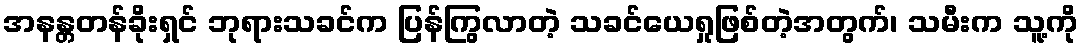
အနန္တတန်ခိုးရှင် ဘုရားသခင်က ပြန်ကြွလာတဲ့ သခင်ယေရှုဖြစ်တဲ့အတွက်၊ သမီးက သူ့ကို